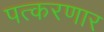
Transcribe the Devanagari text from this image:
पत्करणार